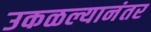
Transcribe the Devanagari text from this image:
उकळल्यानंतर